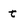
Character: t